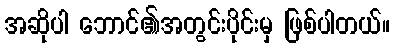
အဆိုပါ ဘောင်၏အတွင်းပိုင်းမှ ဖြစ်ပါတယ်။